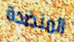
المنضدة